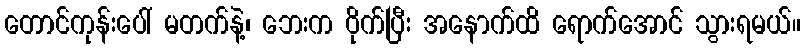
တောင်ကုန်းပေါ် မတက်နဲ့၊ ဘေးက ဝိုက်ပြီး အနောက်ထိ ရောက်အောင် သွားရမယ်။